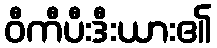
ဝီကီပီးဒီးယား၏